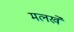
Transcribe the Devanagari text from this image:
मलखे